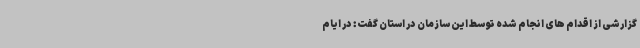
گزارشی از اقدام های انجام شده توسط این سازمان در استان گفت: در ایام